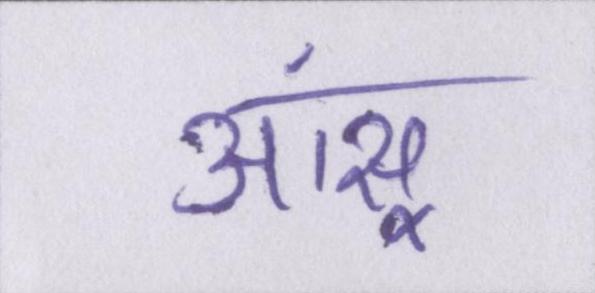
आंसू